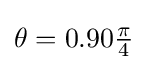
{\textstyle \theta =0.90{\frac {\pi }{4}}}